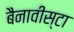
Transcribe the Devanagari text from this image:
बैनावीस्टा